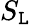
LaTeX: S_{\mathtt{L}}